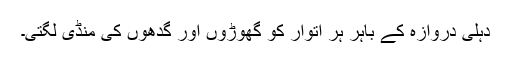
دہلی دروازہ کے باہر ہر اتوار کو گھوڑوں اور گدھوں کی منڈی لگتی۔